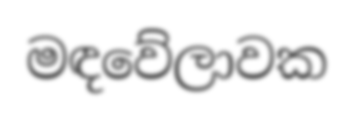
මඳවේලාවක